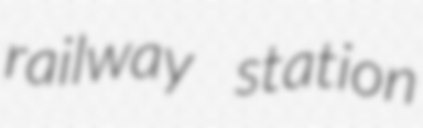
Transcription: railway station